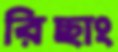
রিছাং